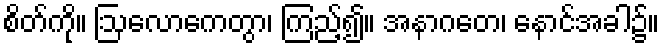
စိတ်ကို။ ဩလောကေတွာ၊ ကြည့်၍။ အနာဂတေ၊ နောင်အခါ၌။